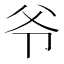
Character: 爷